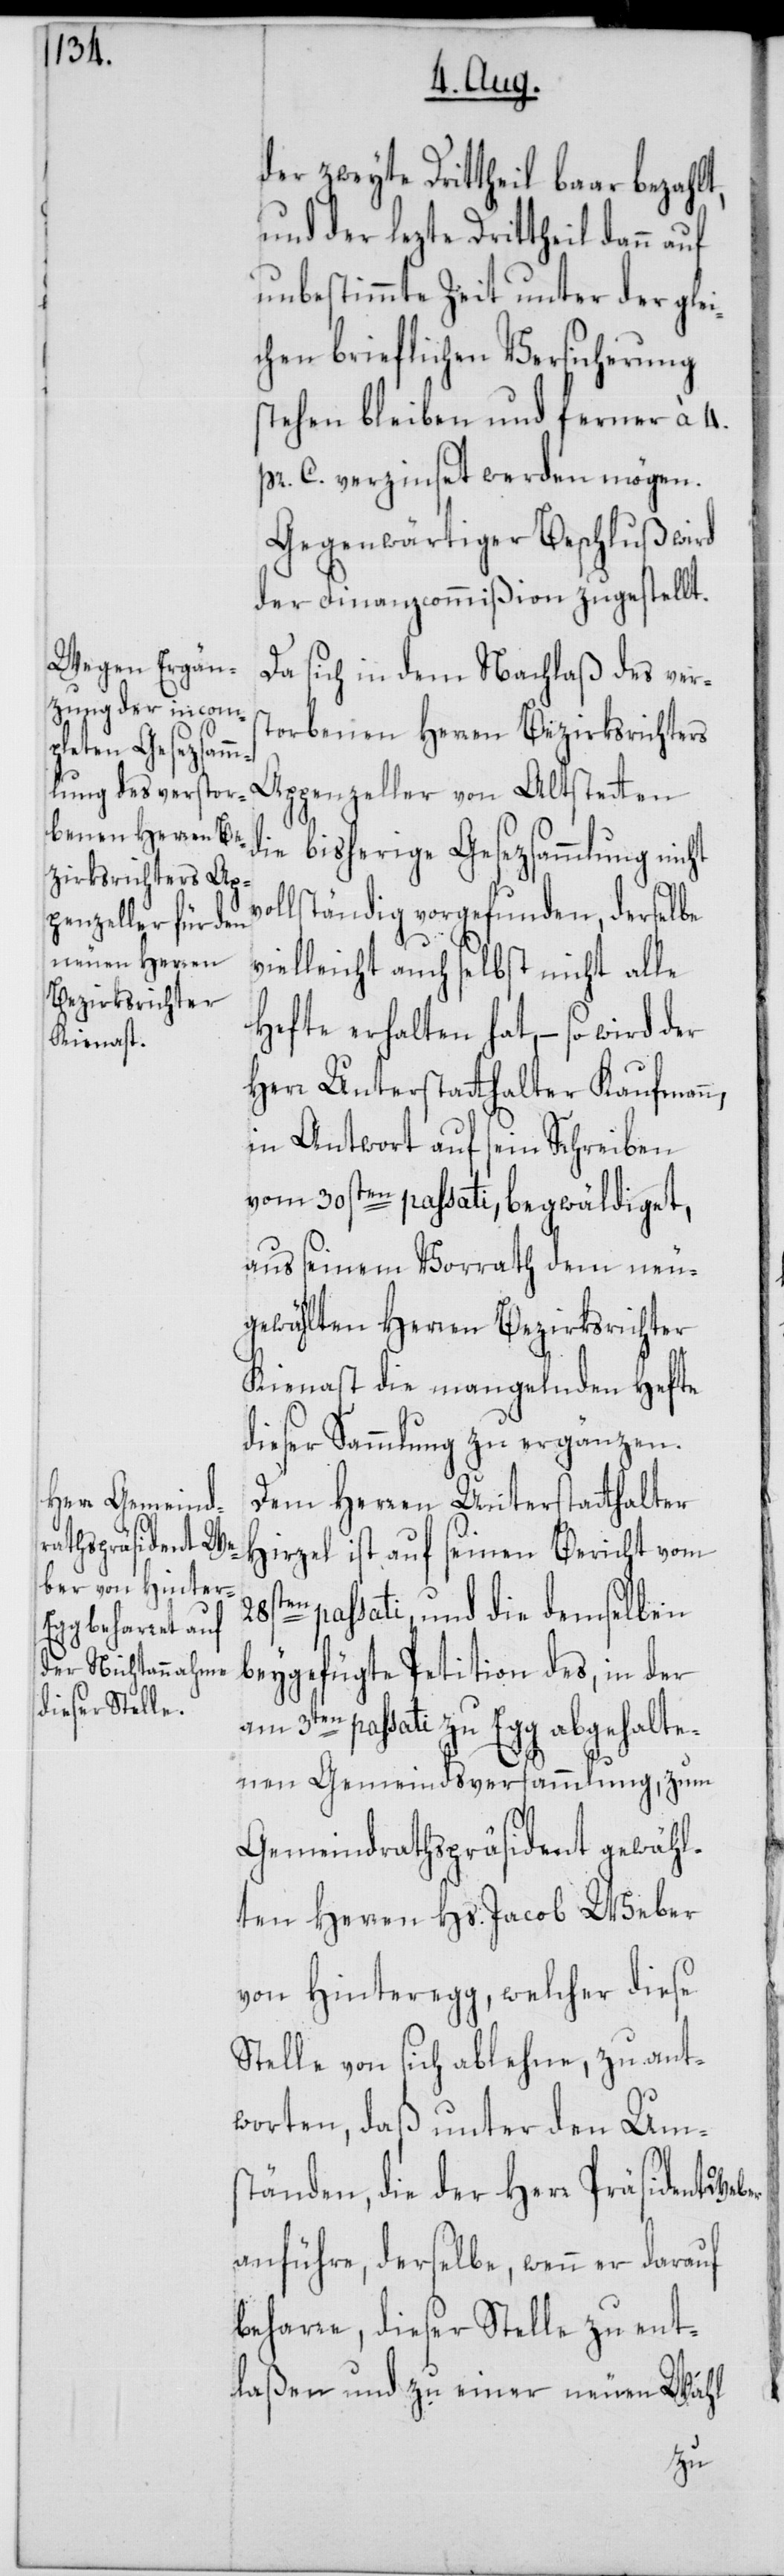
der zweyte Drittheil baar bezahl¬
und der lezte Drittheil dann auf
unbestimmte Zeit unter der glei¬
chen brieflichen Versicherung
stehen bleiben und ferner à 4.
pr. C. verzinset werden mögen.
Gegenwärtiger Beschluß wird
der Finanzcommißion zugestellt.
Da sich in dem Nachlaß des vers¬
torbenen Herren Bezirksrichters
Appenzeller von Altstetten
ie bisherige Gesezsammlung nicht
llständig vorgefunden, derselbe
vielleicht auch selbst nicht alle
Hefte erhalten hat, – so wird der
Herr Unterstatthalter Kaufmann,
in Antwort auf sein Schreiben
vom 30sten passati, begwäldiget,
aus seinem Vorrath dem neu¬
gewählten Herren Bezirksrichter
Kienast die mangelnden Hefte
dieser Sammlung zu ergänzen.
Dem Herren Unterstatthalter
Hirzel ist auf seinen Bericht vom
passati und die demselben
beygefügte Petition des, in der
am 3ten passati zu Egg abgehalte¬
nen Gemeindsversammlung, zum
Gemeindrathspräsident gewähl¬
ten Herren Hs. Jacob Weber
von Hinteregg, welcher diese
Stelle von sich ablehne, zu ant¬
worten, daß unter den Um¬
ständen, die der Herr Präsident
anführe, derselbe, wenn er darauf
beharre, dieser Stelle zu ent¬
laßen und zu einer neuen Wahl
vo¬